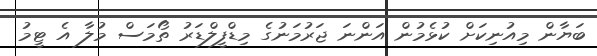
ބަޔާން މިއުނިކަށް ކުޅެމުން އަންނަ ޖަރުމަނުގެ މިޑްފީލްޑަރު ތޯމަސް މުލާ އެ ޓީމު